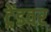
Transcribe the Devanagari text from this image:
ट्रेंडवर